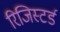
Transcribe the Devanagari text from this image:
रिजिस्टर्ड